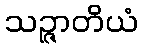
သဉ္ဇာတိယံ